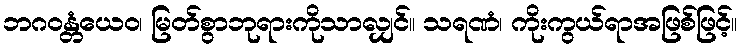
ဘဂဝန္တံယေဝ၊ မြတ်စွာဘုရားကိုသာလျှင်။ သရဏံ၊ ကိုးကွယ်ရာအဖြစ်ဖြင့်။